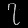
Digit: ၇